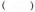
()